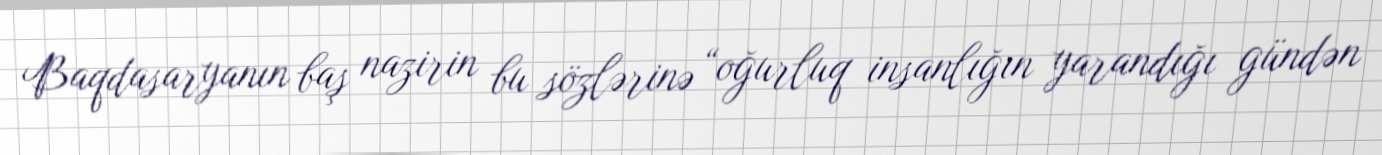
Baqdasaryanın baş nazirin bu sözlərinə “oğurluq insanlığın yarandığı gündən